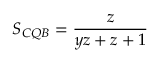
S _ { C Q B } = { \frac { z } { y z + z + 1 } }